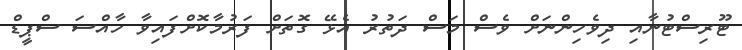
ޓޫރިސްޓުނާއި ދިވެހިންނަށް ވެސް މަސް ދަތުރު އެޅޭ ގޮތަށް ފަރުމާކޮށްފައިވާ ހާއްސަ ސްޕީޑް